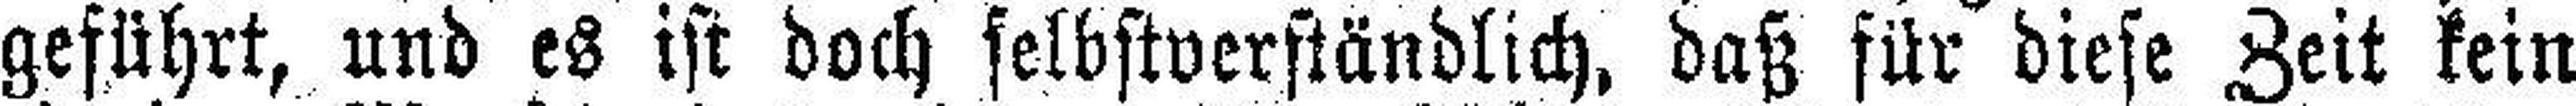
geführt, und es ist doch selbstverständlich, daß für diese Zeit kein